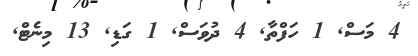
4 މަސް